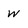
Character: w